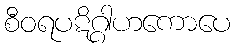
စီဝရပဋိဂ္ဂါဟကောပေ